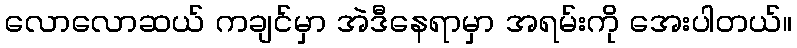
လောလောဆယ် ကချင်မှာ အဲဒီနေရာမှာ အရမ်းကို အေးပါတယ်။